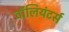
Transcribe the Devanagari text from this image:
वॉलियंटर्स